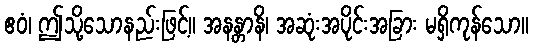
ဧဝံ၊ ဤသို့သောနည်းဖြင့်။ အနန္တာနိ၊ အဆုံးအပိုင်းအခြား မရှိကုန်သော။